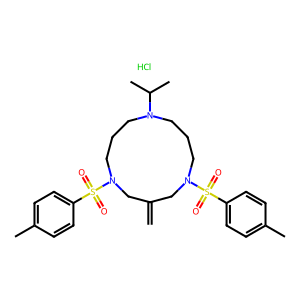
SMILES: C=C1CN(S(=O)(=O)c2ccc(C)cc2)CCCN(C(C)C)CCCN(S(=O)(=O)c2ccc(C)cc2)C1.Cl
Inhibits HIV replication: No